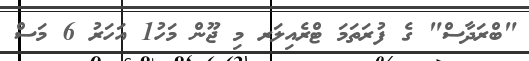
"ބްރަދާސް" ގެ ފުރަތަމަ ޓްރެެއިލަރ މި ޖޫން މަހު1 އަހަރު 6 މަސް